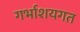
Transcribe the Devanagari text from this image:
गर्भाशयगत